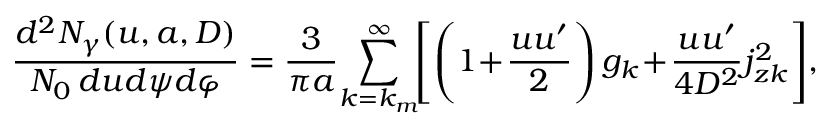
\! \! \frac { d ^ { 2 } N _ { \gamma } ( u , a , D ) } { N _ { 0 } \, d u d \psi d \varphi } = \frac { 3 } { \pi a } \! \sum _ { k = k _ { m } } ^ { \infty } \! \! \left[ \left( 1 \! + \! \frac { u u ^ { \prime } } { 2 } \right) g _ { k } \! + \! \frac { u u ^ { \prime } } { 4 D ^ { 2 } } j _ { z k } ^ { 2 } \right] \! ,